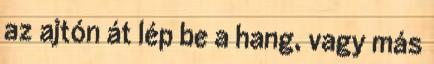
az ajtón át lép be a hang, vagy más